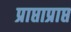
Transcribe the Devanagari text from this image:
प्राप्ताप्राप्त